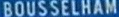
BOUSSELHAM